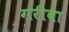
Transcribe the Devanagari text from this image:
गरीबा